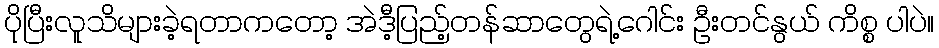
ပိုပြီးလူသိများခဲ့ရတာကတော့ အဲဒီ့ပြည့်တန်ဆာတွေရဲ့ဂေါင်း ဦးတင်နွယ် ကိစ္စ ပါပဲ။